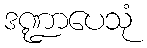
ဒဏ္ဍာပေသုံ